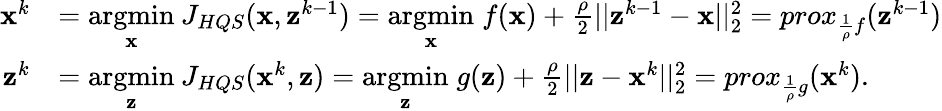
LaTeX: \begin{array}{rl}{\textbf{x}^{k}}&{=\underset{\textbf{x}}{\mathrm{argmin}}\: J_{HQS}(\textbf{x},\textbf{z}^{k-1})=\underset{\textbf{x}}{\mathrm{argmin}}\; f(\textbf{x})+\frac{\rho}{2}||\textbf{z}^{k-1}-\textbf{x}||_{2}^{2}=prox_{\frac{1}{\rho}f}(\textbf{z}^{k-1})}\\ {\textbf{z}^{k}}&{=\underset{\textbf{z}}{\mathrm{argmin}}\: J_{HQS}(\textbf{x}^{k},\textbf{z})=\underset{\textbf{z}}{\mathrm{argmin}}\; g(\textbf{z})+\frac{\rho}{2}||\textbf{z}-\textbf{x}^{k}||_{2}^{2}=prox_{\frac{1}{\rho}g}(\textbf{x}^{k}).}\end{array}